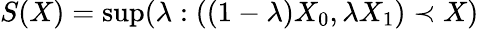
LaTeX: S(X)=\operatorname*{sup}(\lambda:((1-\lambda)X_{0},\lambda X_{1})\prec X)